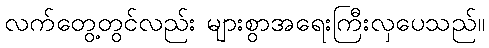
လက်တွေ့တွင်လည်း များစွာအရေးကြီးလှပေသည်။